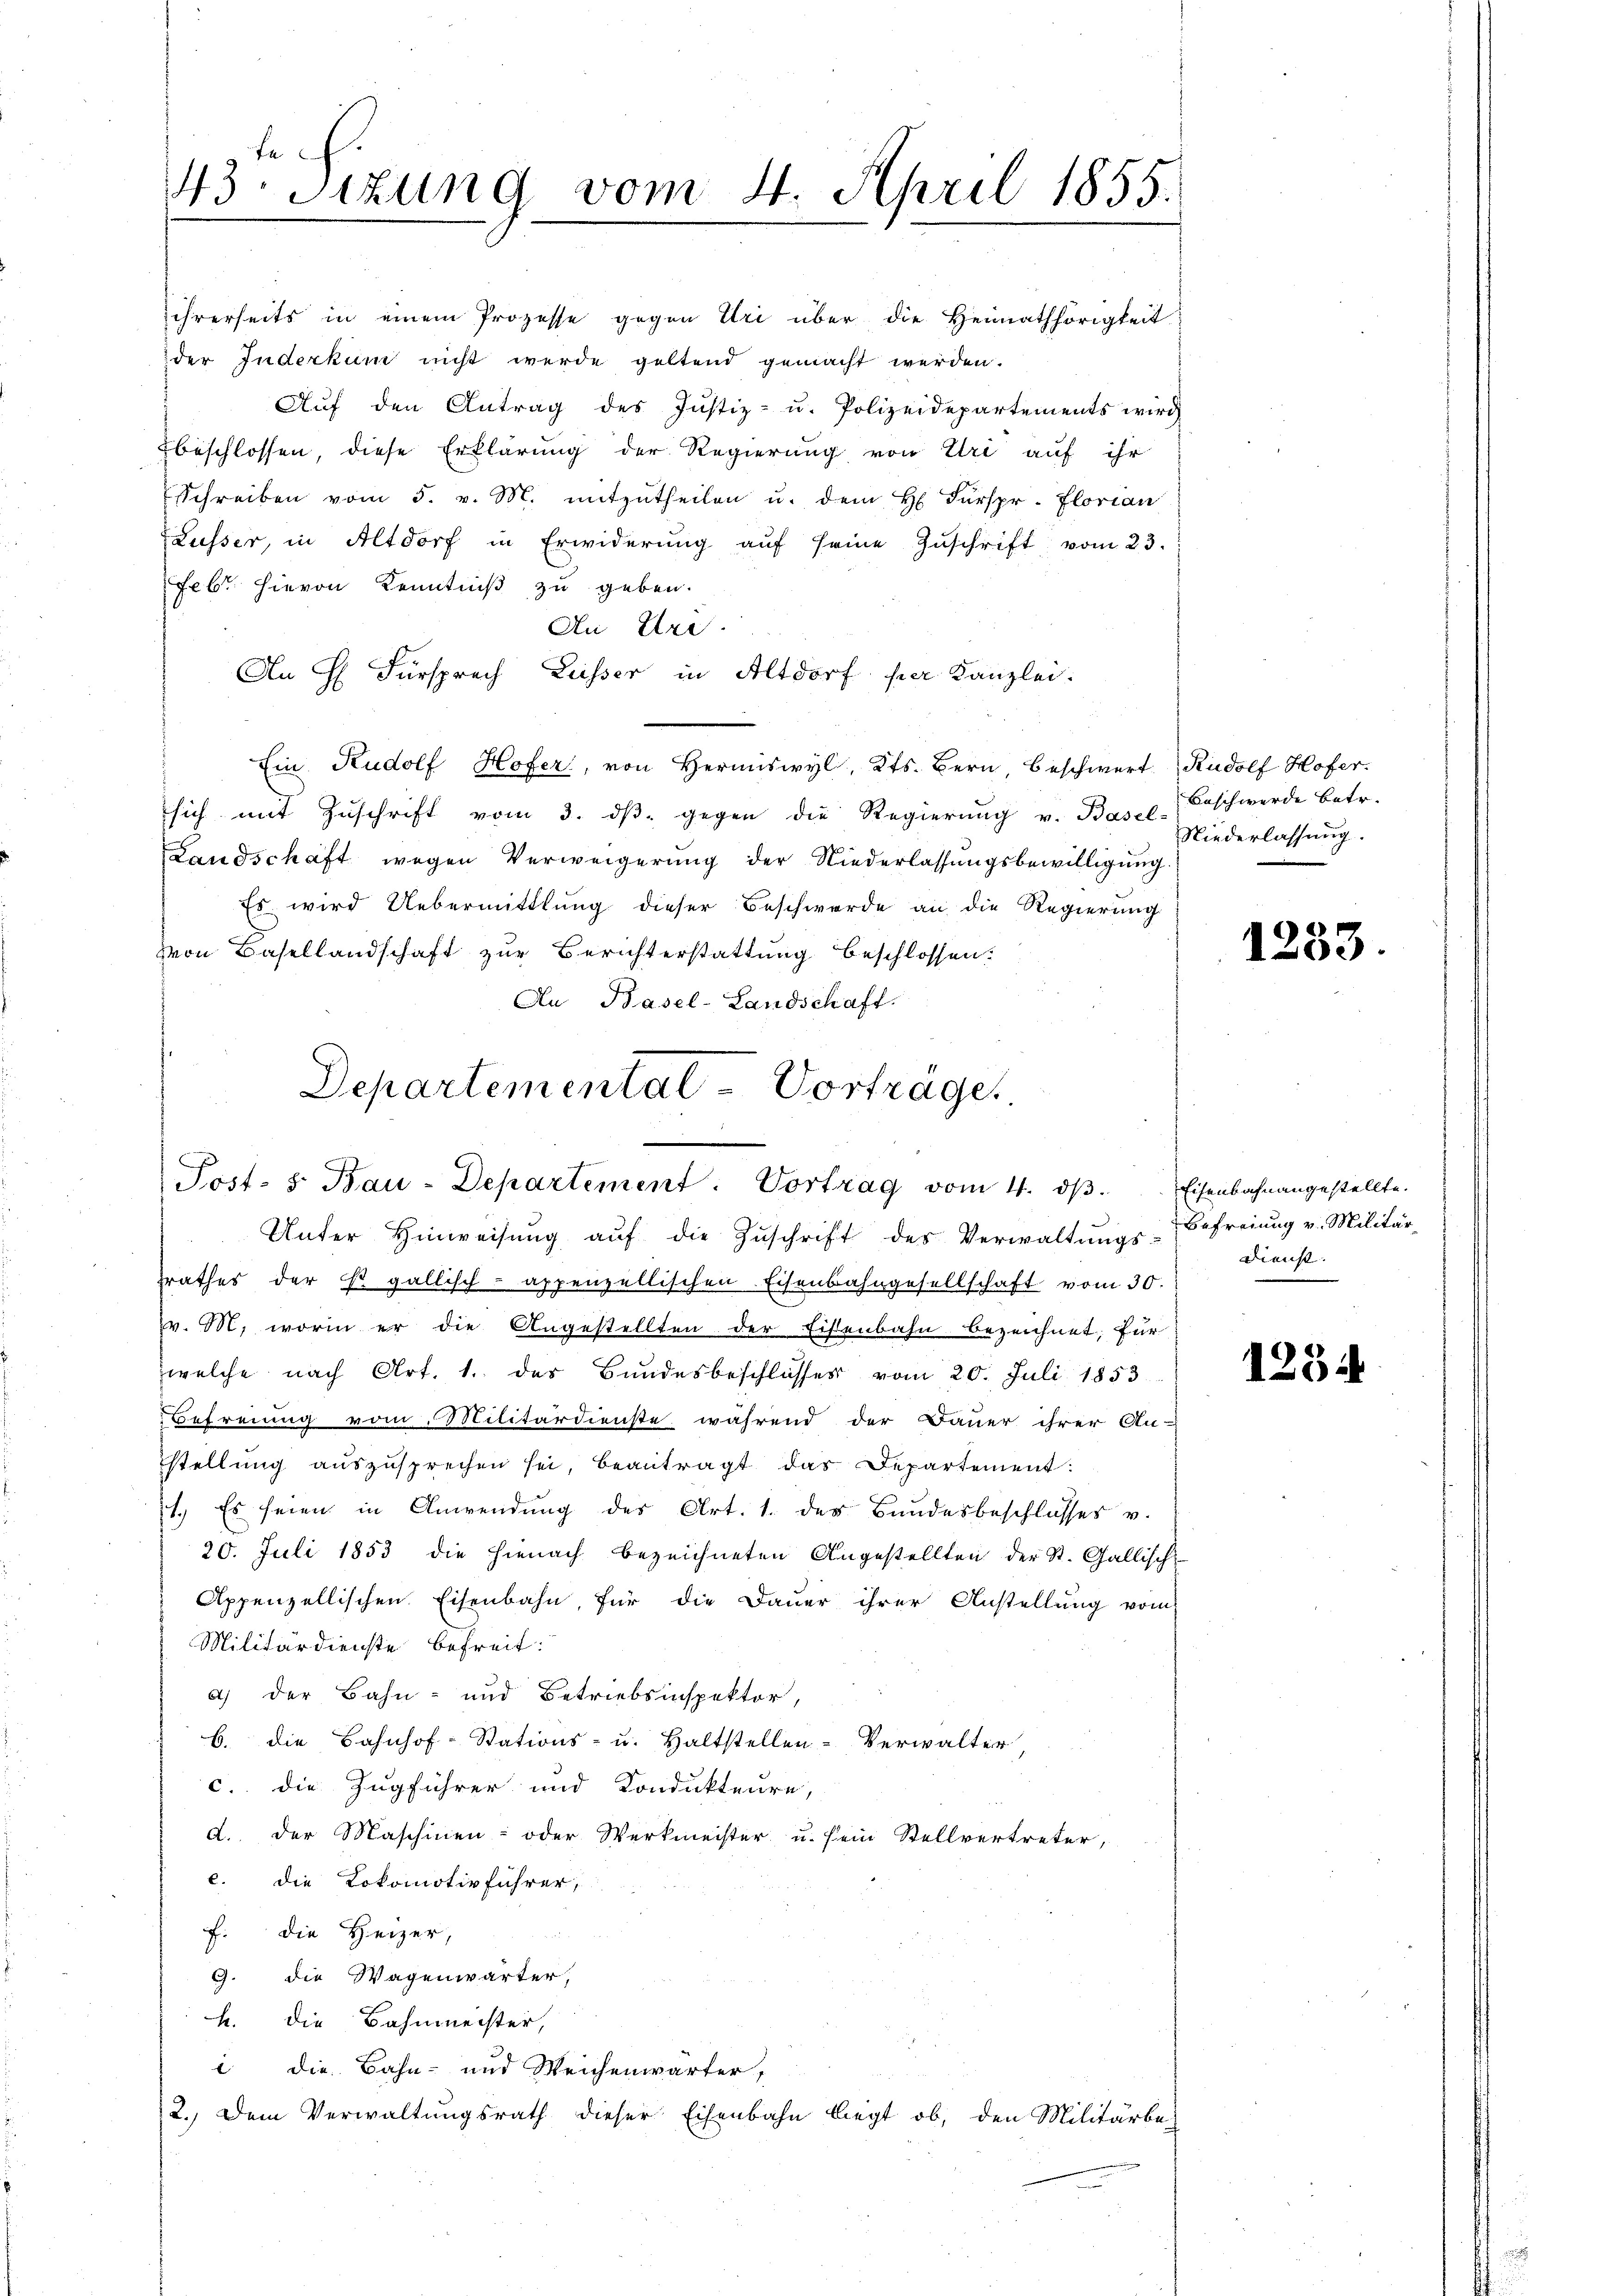
43r Sizung vom 4. April 1855.

ihrerseits in einem Prozesse gegen Uri über die Heimathörigkeit
der Inderkum nicht werde geltend gemacht werden.
Aŭf den Antrag des Justiz- u. Polizeidepartements wird
beschlossen, diese Erklärung der Regierung von Uri auf ihr
Schreiben vom 5. v. M. mitzŭtheilen u. dem H. Fürspr. Florian
Lusser, in Altdorf in Erwiderung auf seine Zuschrift vom 23.
Febr. hievon Kenntniß zu geben.
An Er
An H. Fürsprach Lusser in Altdorf per Kanzlei.
Ein Rudolf Hofer, von Hermiswyl, Kts. Bern Beschwert Rudolf Hofer.
sich mit Zŭschrift vom 3. dβ gegen die Regierŭng v. Basel-
Landschaft wegen Verweigerung der Niederlassungsbewilligung.
Es wird Uebermittlung dieser Beschwerde an die Regierung
von Basellandschaft zur Berichterstattung beschlossen:
An Basel-Landschaft.

Departemental-Vorträge.
Post. S. Bau-Departement. Vortrag vom 4. dβ. Eisenbahnangestellte.

Unter Hinweisŭng aŭf die Zŭschrift des Verwaltŭngs-Befreiung v. Militär-
srathes der Er gallisch-appenzellischen Eisenbahngesellschaft vom 30.
v. M. worin er die Angestellten der Fistenbahn bezeichnet; für
welche nach Art. 1. des Bundesbeschlusses vom 20. Juli 1853
Befreiung vom Militärdienste während der Dauer ihrer An-
stellung auszusprechen sei, beantragt das Departement:
1. Es seien in Anwendung des Art. 1. der Bundesbeschlusses v.
20. Juli 1853 die hienach bezeichneten Angestellten der St. Gallische
Appenzellischen Eisenbahn, für die Dauer ihrer Anstellung vom
Militärdienste befreit:
a) der Bahn- und Betriebsinspektor,
6. die Bahnhof-Stations- u. Haltstellen-Verwalter,
c. die Zugführer und Kondukteure,
d. Der Maschinen- oder Werkmeister u. sein Stellvertreter,
c. die Lokomotivführer,
f. die Heizer,
9. die Wagenwärter,
h. die Bahnmeister,
1 die Bahn- und Weichenwärter,
2.) Dem Verwaltungsrath dieser Eisenbahn liegt ob, den Militärbe-

Beschwerde betr.
Niederlassung.

1283.

Dienst. |

1254